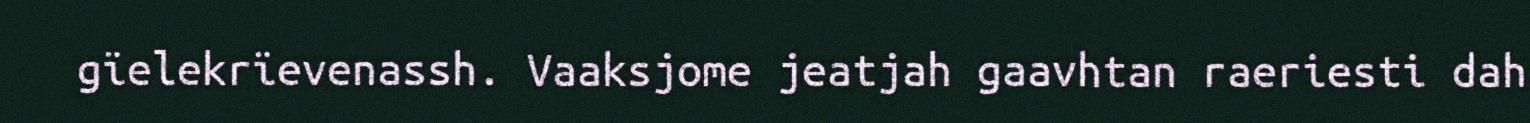
gïelekrïevenassh. Vaaksjome jeatjah gaavhtan raeriesti dah